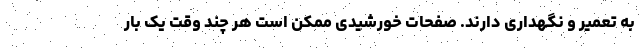
به تعمیر و نگهداری دارند. صفحات خورشیدی ممکن است هر چند وقت یک‌ بار